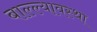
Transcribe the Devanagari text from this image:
बाल्ल्यावस्था